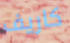
كاريف